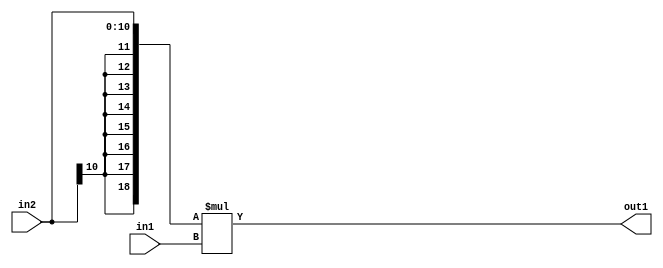
`timescale 1ps / 1ps
/*****************************************************************************
    Verilog RTL Description
    
    
    Created by: Stratus DpOpt 2019.1.01 
*******************************************************************************/

module SobelFilter_Mul_11Sx8U_19S_4 (
	in2,
	in1,
	out1
	); /* architecture "behavioural" */ 
input [10:0] in2;
input [7:0] in1;
output [18:0] out1;
wire [18:0] asc001;

assign asc001 = 
	+({{8{in2[10]}}, in2} * in1);

assign out1 = asc001;
endmodule

/* CADENCE  ubPzSgA= : u9/ySgnWtBlWxVPRXgAZ4Og= ** DO NOT EDIT THIS LINE ******/